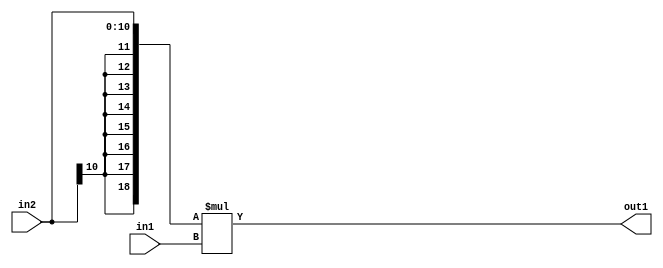
`timescale 1ps / 1ps
/*****************************************************************************
    Verilog RTL Description
    
    
    Created by: Stratus DpOpt 2019.1.01 
*******************************************************************************/

module SobelFilter_Mul_11Sx8U_19S_4 (
	in2,
	in1,
	out1
	); /* architecture "behavioural" */ 
input [10:0] in2;
input [7:0] in1;
output [18:0] out1;
wire [18:0] asc001;

assign asc001 = 
	+({{8{in2[10]}}, in2} * in1);

assign out1 = asc001;
endmodule

/* CADENCE  ubPzSgA= : u9/ySgnWtBlWxVPRXgAZ4Og= ** DO NOT EDIT THIS LINE ******/